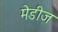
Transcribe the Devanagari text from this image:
मेडीज